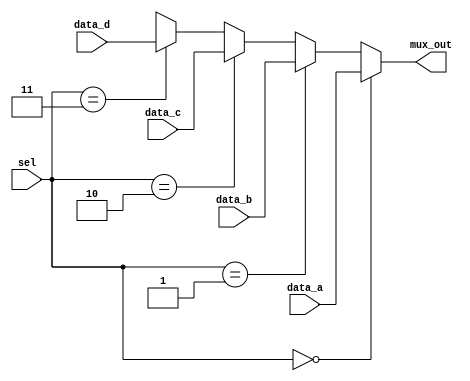

module Multiplexer_3ch (mux_out, data_a, data_b, data_c,data_d, sel);
  parameter 	word_size = 10;
  output 		[word_size-1: 0]	 mux_out;
  input 		[word_size-1: 0] 	data_a, data_b, data_c,data_d;
  input 		[1: 0] sel;

  assign  mux_out = (sel == 0) ? data_a: (sel == 1) ? data_b : (sel == 2) ? data_c : (sel == 3) ? data_d : 'bx;
endmodule